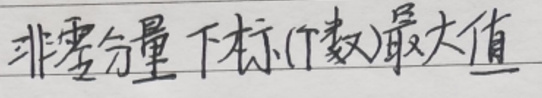
非零分量下标(个数)最大值